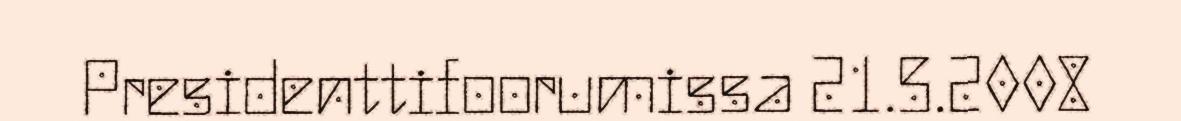
Presidenttifoorumissa 21.5.2008